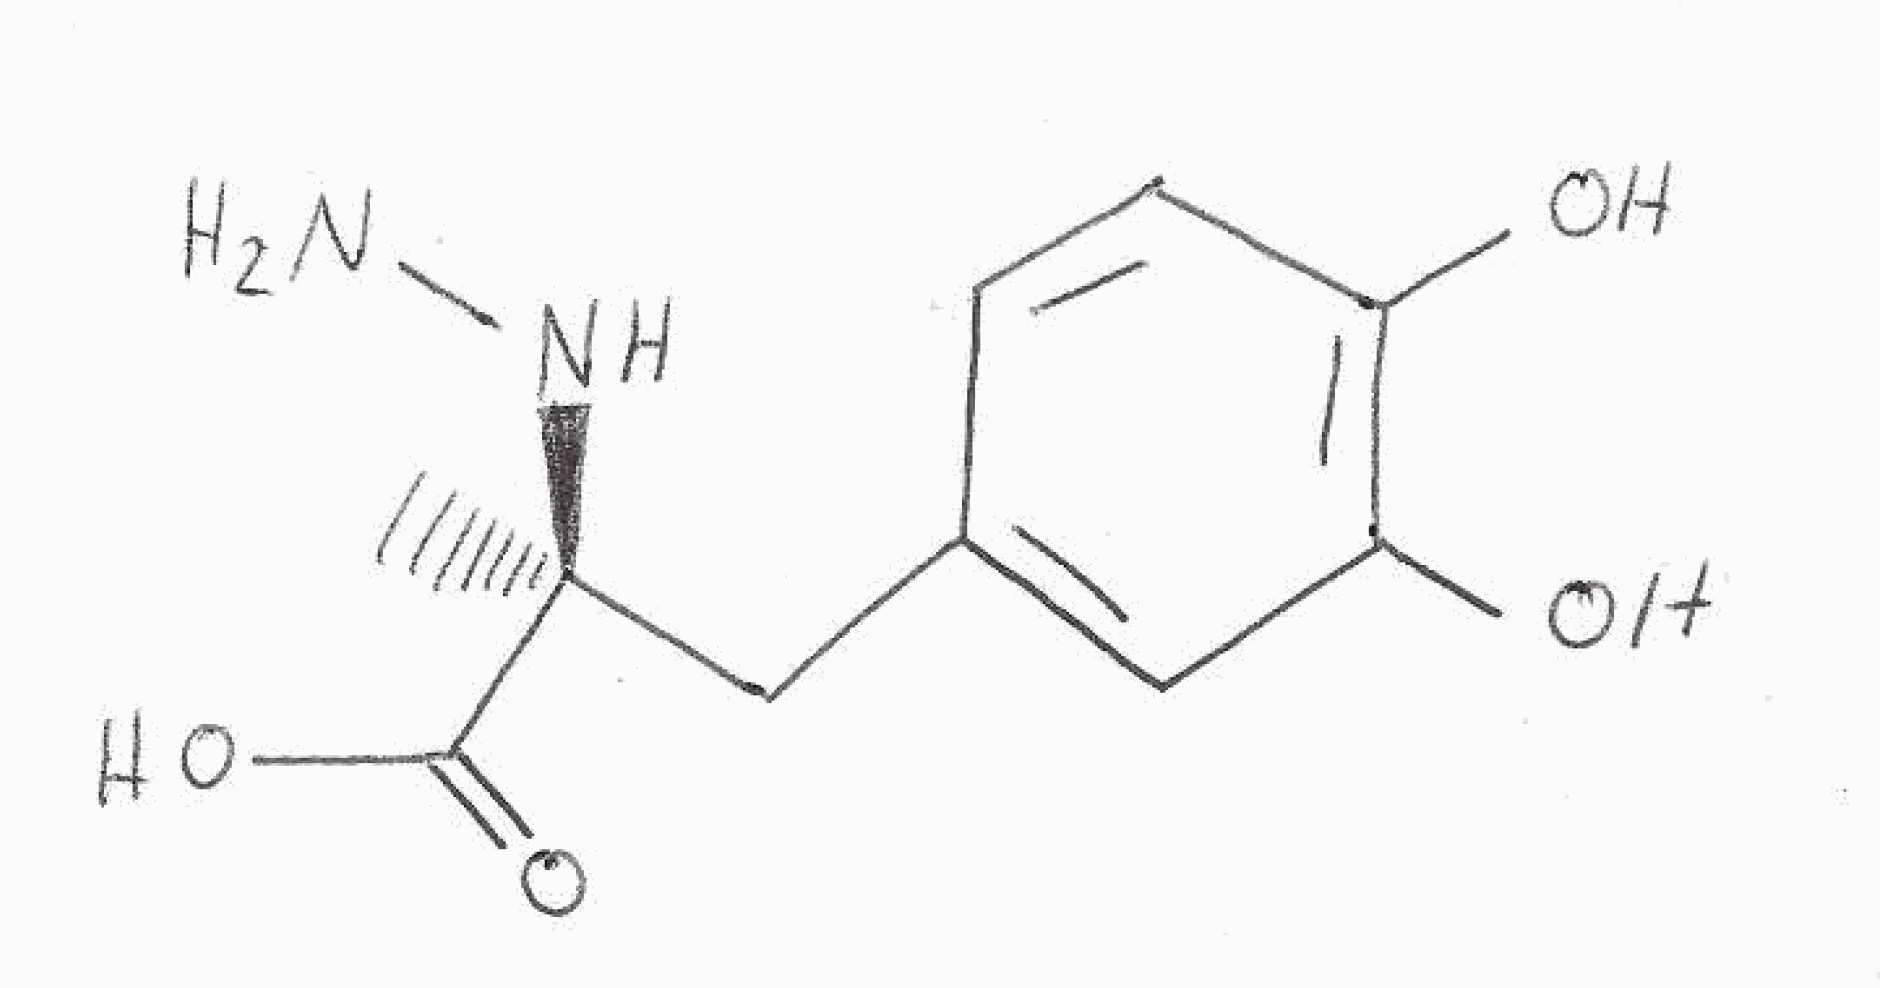
Simplified molecular-input line-entry system (SMILES) notation of the given molecule:
C[C@](CC1=CC(=C(C=C1)O)O)(C(=O)O)NN